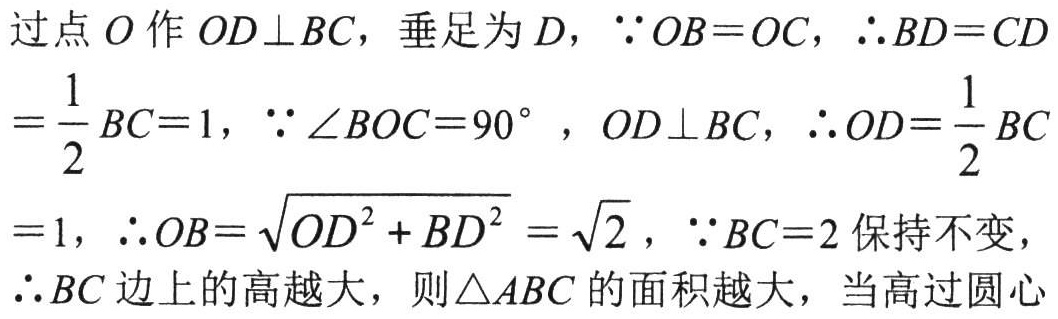
过点\(O\)作\(OD\perp BC\)，垂足为\(D\)，\(\because OB = OC\)，\(\therefore BD = CD\)
\(=\frac{1}{2}BC = 1\)，\(\because\angle BOC = 90^{\circ}\)，\(OD\perp BC\)，\(\therefore OD=\frac{1}{2}BC\)
\(= 1\)，\(\therefore OB=\sqrt{OD^{2}+BD^{2}}=\sqrt{2}\)，\(\because BC = 2\)保持不变，
\(\therefore BC\)边上的高越大，则\(\triangle ABC\)的面积越大，当高过圆心